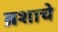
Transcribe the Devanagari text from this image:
ब्रशाचे